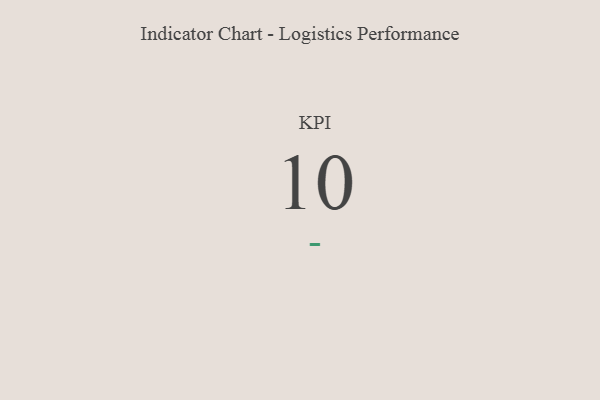
{"axis": {"x": "KPI", "y": "Value"}, "legend": [""], "data": [{"x": "KPI", "y": 10, "type": ""}]}